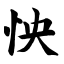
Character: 怏